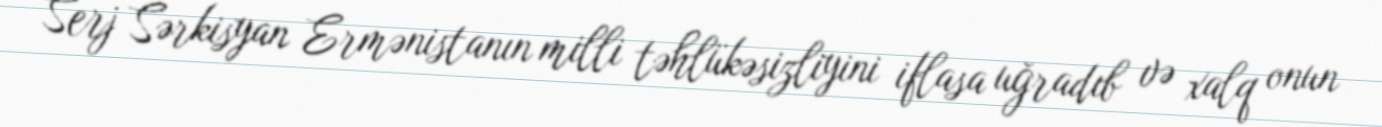
Serj Sərkisyan Ermənistanın milli təhlükəsizliyini iflasa uğradıb və xalq onun